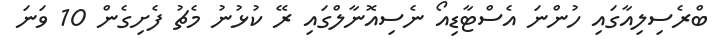
ބްރެސިލިއާގައި ހުންނަ އެސްޓާޑިއޯ ނެސިއޮނާލްގައި ރޭ ކުޅުނު މެޗު ފެށިގެން 10 ވަނަ